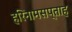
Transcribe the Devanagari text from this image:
हरिनामसप्ताह